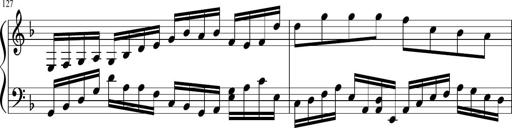
Title: Sonatina in F major
Composer: Ethan Ngo
Key: F major